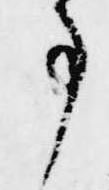
事